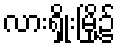
လားရှိုးမြို့၌